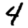
Digit: 4